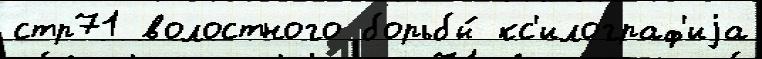
стр71 волостного борьбы́ кс'илограф'иjа